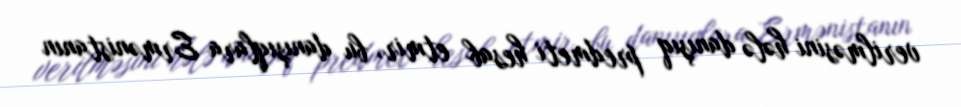
verilməsini hələ danışıq predmeti hesab etmir, bu danışıqlara Ermənistanın